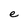
Character: e